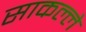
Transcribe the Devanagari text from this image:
साकल्ले